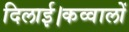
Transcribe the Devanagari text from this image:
दिलाई।कव्वालों